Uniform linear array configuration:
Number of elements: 32
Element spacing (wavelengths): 1
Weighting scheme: hann
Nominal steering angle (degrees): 15
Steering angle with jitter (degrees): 16.947
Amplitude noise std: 0.05
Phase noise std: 0.05

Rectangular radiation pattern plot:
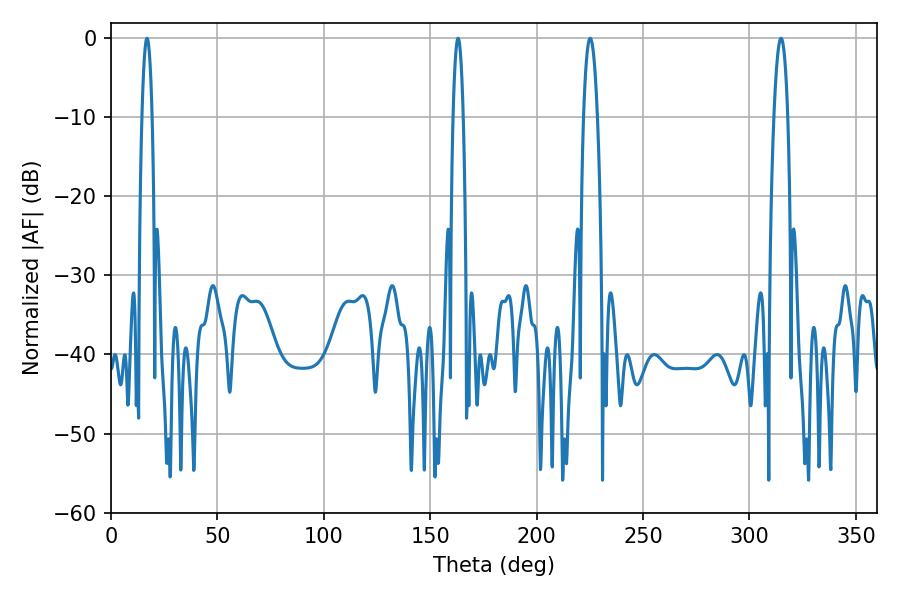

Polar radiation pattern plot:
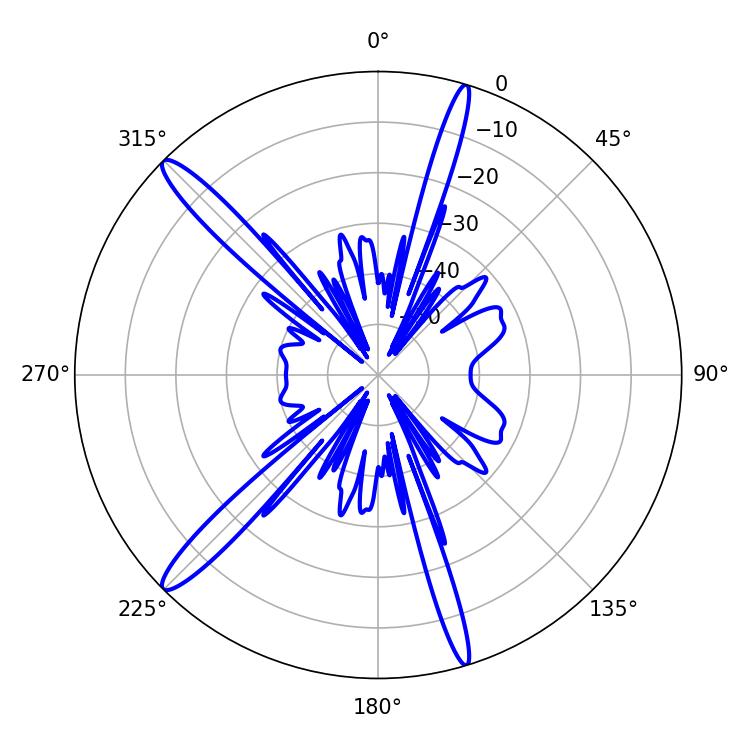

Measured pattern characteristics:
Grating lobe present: TRUE
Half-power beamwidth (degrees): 2.52
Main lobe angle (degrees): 16.92